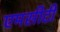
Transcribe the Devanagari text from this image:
एमसीटी